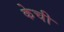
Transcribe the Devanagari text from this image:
केची